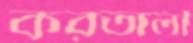
করতালী